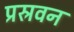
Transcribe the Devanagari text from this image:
प्रस्रवन